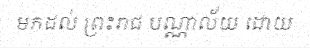
មកដល់ ព្រះរាជ បណ្ណាល័យ ដោយ